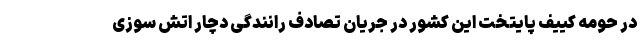
در حومه کییف پایتخت این کشور در جریان تصادف رانندگی دچار اتش سوزی